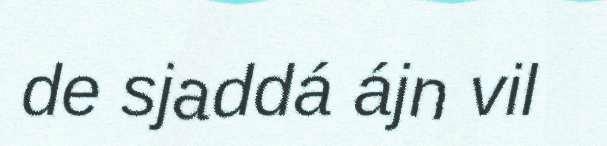
de sjaddá ájn vil